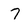
Character: 7